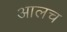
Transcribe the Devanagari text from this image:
आलच